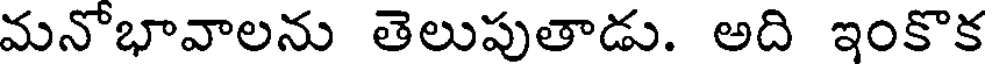
మనోభావాలను తెలుపుతాడు. అది ఇంకొక